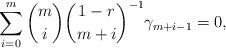
LaTeX: \begin{align*} \sum\limits_{i=0}^{m} {m\choose i} {1-r\choose m+i}^{-1} \gamma_{m+i-1} = 0,\end{align*}